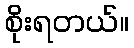
စိုးရတယ်။